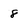
Character: 8